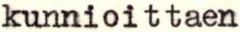
kunnioittaen